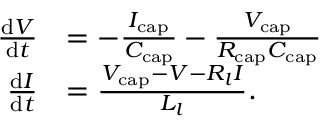
\begin{array} { r l } { \frac { \mathrm { d } V } { \mathrm { d } t } } & { = - \frac { I _ { \mathrm { c a p } } } { C _ { \mathrm { c a p } } } - \frac { V _ { \mathrm { c a p } } } { R _ { \mathrm { c a p } } C _ { \mathrm { c a p } } } } \\ { \frac { \mathrm { d } I } { \mathrm { d } t } } & { = \frac { V _ { \mathrm { c a p } } - V - R _ { l } I } { L _ { l } } . } \end{array}